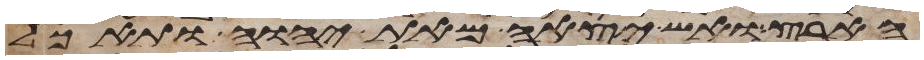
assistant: הארץ ואש יצאה מאת יהוה ותאכל